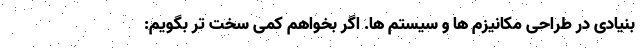
بنیادی در طراحی مکانیزم ها و سیستم ها. اگر بخواهم کمی سخت تر بگویم: